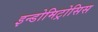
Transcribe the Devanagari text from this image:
इन्डोमिट्रोसिस